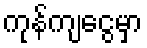
ကုန်ကျငွေမှာ